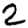
Digit: 2